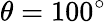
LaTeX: \theta=100^{\circ}